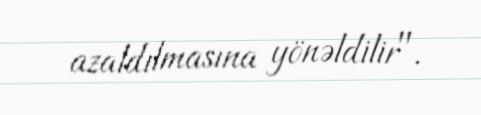
azaldılmasına yönəldilir".